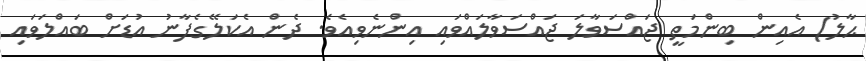
ޙާލު) އެއިން ބިންމަތީ ޖައްސަވާލަ ޖައްސަވާލައްވައި އިންނެވިއެވެ. ދެން އެކަލޭގެފާނު އުޑަށް ބައްލަވައި